EELK_Paldiski_kogudus, lk 58
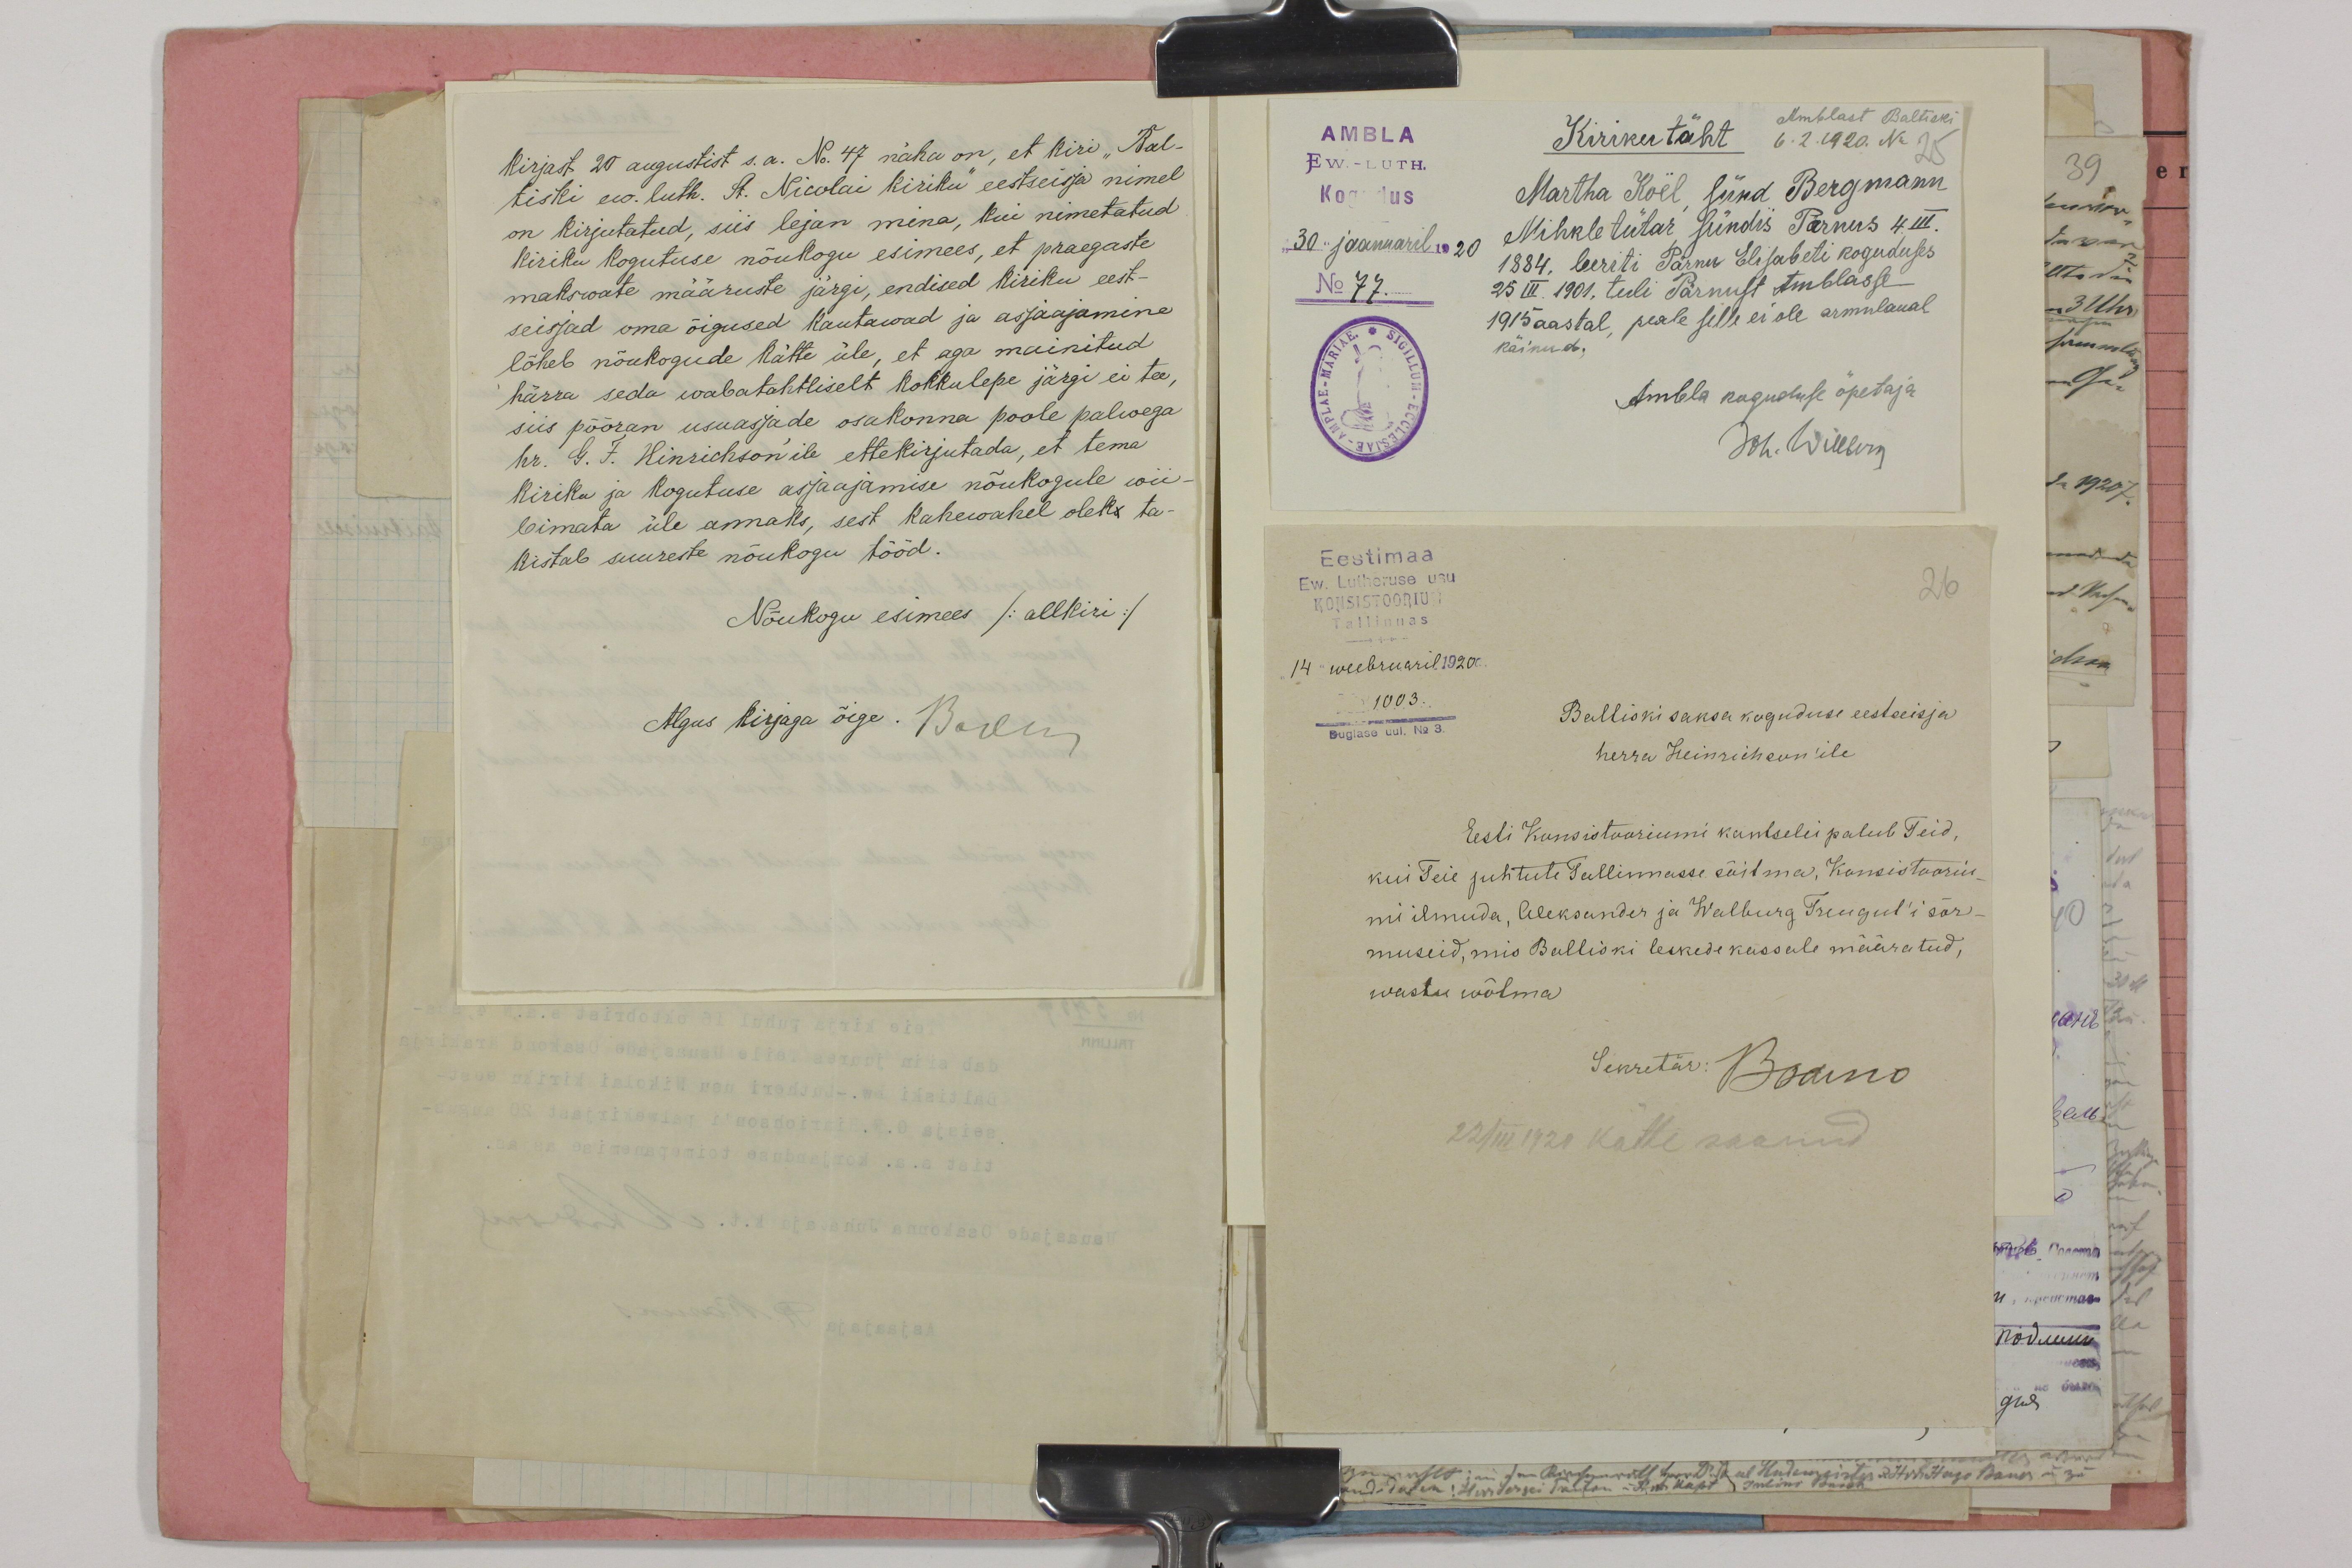
Kirjast 20 augustist s.a. No. 47 näha on, et kiri "Bal-
tiski ees. luth. St. Nikolai kiriku" eestseisja nimel
on kirjutatud, siis lejan mina, kui nimetatud
kiriku kogutuse nõukogu esimees, et praegaste
makswate määruste järgi, endised kiriku eest-
seisjad oma õigused kautawad ja asjaajamine
lõheb nõukogude kätte üle, et aga mainitud
härra seda wabatahtliselt kohkulepe järgi ei tee,
siis pööran usuasjade osakonna poole palwega
hr. G. F. Hinrichson'ile ettekirjutada, et tema
kiriku ja kogutuse asjaajamise nõukogule wii
bimata üle annaks, sest kahewahel oleks ta-
kistab suureste nõukogu tööd.
Nõukogu esimees /allkiri/
Algus kirjaga õige. Baron

Amblast Baltiski
AMBLA
Kirikutäht
6. 2. 1920. No
Ew.-LUTH.
25
Kogudus
Martha Köel, sünd Bergmann
30 jaanuaril 1930
Mihkle tütar sündis Pärnus 4 III,
1884, leeriti Pärnu Elisabeti koguduses
No 77.
25 III. 1901, tuli Pärnust Amblasse
1915 aastal, peale selle ei ole armulaual
käinud.
Ambla koguduse õpetaja
Joh. Willberg
Eestimaa
Ew. Lutheruse usu,
26
Konsistoorium
Tallinnas.
14 weebruaril 1920a.
1003.
Baltiski saksa koguduse eestseisja
Duglase uul. No 3.
Baltiski saksa koguduse eestseisja
herra Heinrichson'ile
Eesti Konsistooriumi kantselei palub Teid,
kui Teie juhtute Tallinnasse sõitma, Konsistooriu-
mi ilmuda, Aleksander ja Walburg Treugut'i sõr-
museid, mis Baltiski leskede kassale määratud,
wastu wõtma
Sekretär: Biano
22/III 1920 kätte saanud